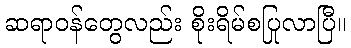
ဆရာဝန်တွေလည်း စိုးရိမ်စပြုလာပြီ။